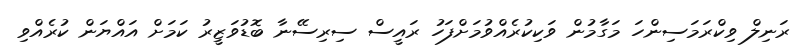
ރަނިލް ވިކްރަމަސިންހަ މަގާމުން ވަކިކުރެއްވުމަށްފަހު ރައީސް ސިރިސޭނާ ބޮޑުވަޒީރު ކަމަށް އައްޔަން ކުރެއްވި